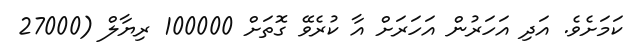
ކަމަށެވެ. އަދި އަހަރުން އަހަރަށް އާ ކުރެވޭ ގޮތަށް 100000 ރިޔާލް (27000